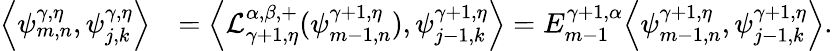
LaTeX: \begin{array}{rl}{{\left\langle{\psi_{m,n}^{\gamma,\eta},\psi_{j,k}^{\gamma,\eta}}\right\rangle}}&{={\left\langle{\mathcal{L}_{\gamma+1,\eta}^{\alpha,\beta,+}(\psi_{m-1,n}^{\gamma+1,\eta}),\psi_{j-1,k}^{\gamma+1,\eta}}\right\rangle}=E_{m-1}^{\gamma+1,\alpha}{\left\langle{\psi_{m-1,n}^{\gamma+1,\eta},\psi_{j-1,k}^{\gamma+1,\eta}}\right\rangle}.}\end{array}